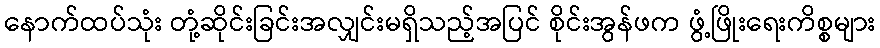
နောက်ထပ်သုံး တုံ့ဆိုင်းခြင်းအလျှင်းမရှိသည့်အပြင် စိုင်းအွန်ဖက ဖွံ့ဖြိုးရေးကိစ္စများ